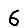
Digit: 6